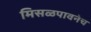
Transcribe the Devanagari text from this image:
मिसळपावनेच